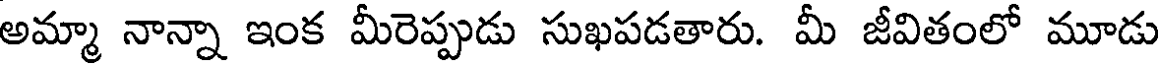
అమ్మా నాన్నా ఇంక మీరెప్పుడు సుఖపడతారు. మీ జీవితంలో మూడు